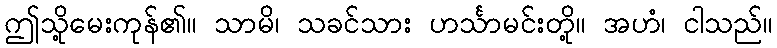
ဤသို့မေးကုန်၏။ သာမိ၊ သခင်သား ဟင်္သာမင်းတို့။ အဟံ၊ ငါသည်။